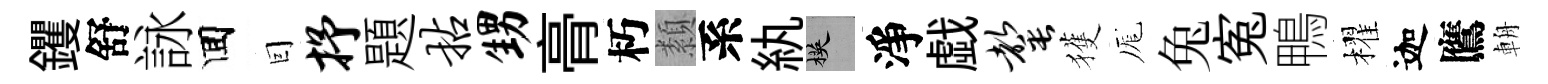
钁舒詠囬囙抒題拈甥𮌔朽纇系紈楧淨戯罄獲厖兔寃鴨櫂迦鷹輈